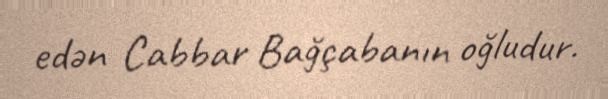
edən Cabbar Bağçabanın oğludur.